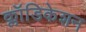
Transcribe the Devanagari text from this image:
क्लॉडिकेशन